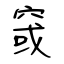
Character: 窢